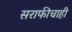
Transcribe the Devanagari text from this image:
सराफीचाही